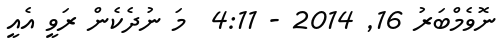
ނޮވެމްބަރު 16